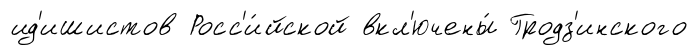
ид'ишистов Росс'и́йской вкл'ючены́ Гродз'инского